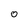
Character: o